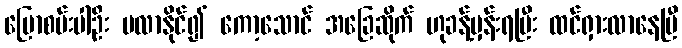
ပြောစမ်းပါဦး မလာနိုင်၍ ကော့သောင် အခြေဆိုက် ဟုခန့်မှန်းရပြီး ထင်ရှားလာနေပြီ